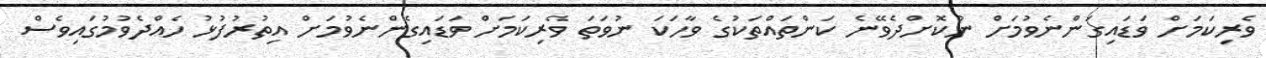
ވެރިކަމަށް ވަޑައިގަންނެވުމަށް ނުކޮށްދެވޭނެ ކަންތައްތަކުގެ ވާހަކަ ނުވަތަ ވެރިކަމަށް ވަޑައިގެންނެވުމަށް އިތުރުފުޅު ހެއްދެވުމުގައިވެސް